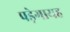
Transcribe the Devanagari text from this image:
पड़ेगायह